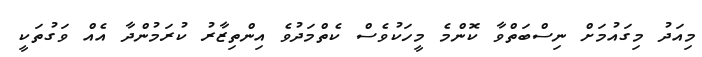
މިއަދު މިގައުމަށް ނިސްބަތްވާ ކޮންމެ މީހަކުވެސް ކެތްމަދުވެ އިންތިޒާރު ކުރަމުންދާ އެއް ވަގުތަކީ